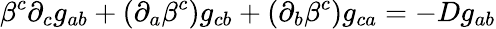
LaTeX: \beta^{c}\partial_{c}g_{ab}+(\partial_{a}\beta^{c})g_{cb}+(\partial_{b}\beta^{c})g_{ca}=-Dg_{ab}